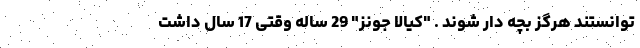
توانستند هرگز بچه دار شوند . "کیالا جونز" 29 ساله وقتی 17 سال داشت